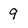
Character: 9